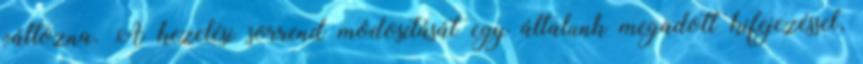
változna. A kezelési sorrend módosítását egy általunk megadott kifejezéssel,